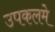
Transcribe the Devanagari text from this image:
उपकलमे